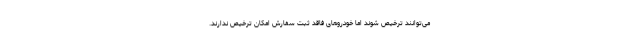
می‌توانند ترخیص شوند اما خودروهای فاقد ثبت سفارش امکان ترخیص ندارند.